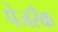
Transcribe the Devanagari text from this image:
पेजरॅँक